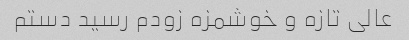
عالی تازه و خوشمزه زودم رسید دستم